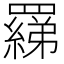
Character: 𦌢